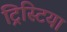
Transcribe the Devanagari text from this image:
ट्रिस्टिया